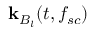
\mathbf { k } _ { B _ { l } } ( t , f _ { s c } )